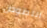
اللصوص